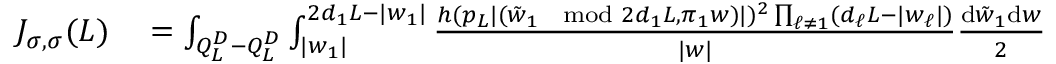
\begin{array} { r l } { J _ { \sigma , \sigma } ( L ) } & { { } = \int _ { Q _ { L } ^ { D } - Q _ { L } ^ { D } } \int _ { | w _ { 1 } | } ^ { 2 d _ { 1 } L - | w _ { 1 } | } \frac { h ( p _ { L } | ( \tilde { w } _ { 1 } \mod 2 d _ { 1 } L , \pi _ { 1 } w ) | ) ^ { 2 } \prod _ { \ell \neq 1 } ( d _ { \ell } L - | w _ { \ell } | ) } { | w | } \frac { \mathrm { d } \tilde { w } _ { 1 } \mathrm { d } w } { 2 } } \end{array}